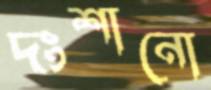
দংশানো